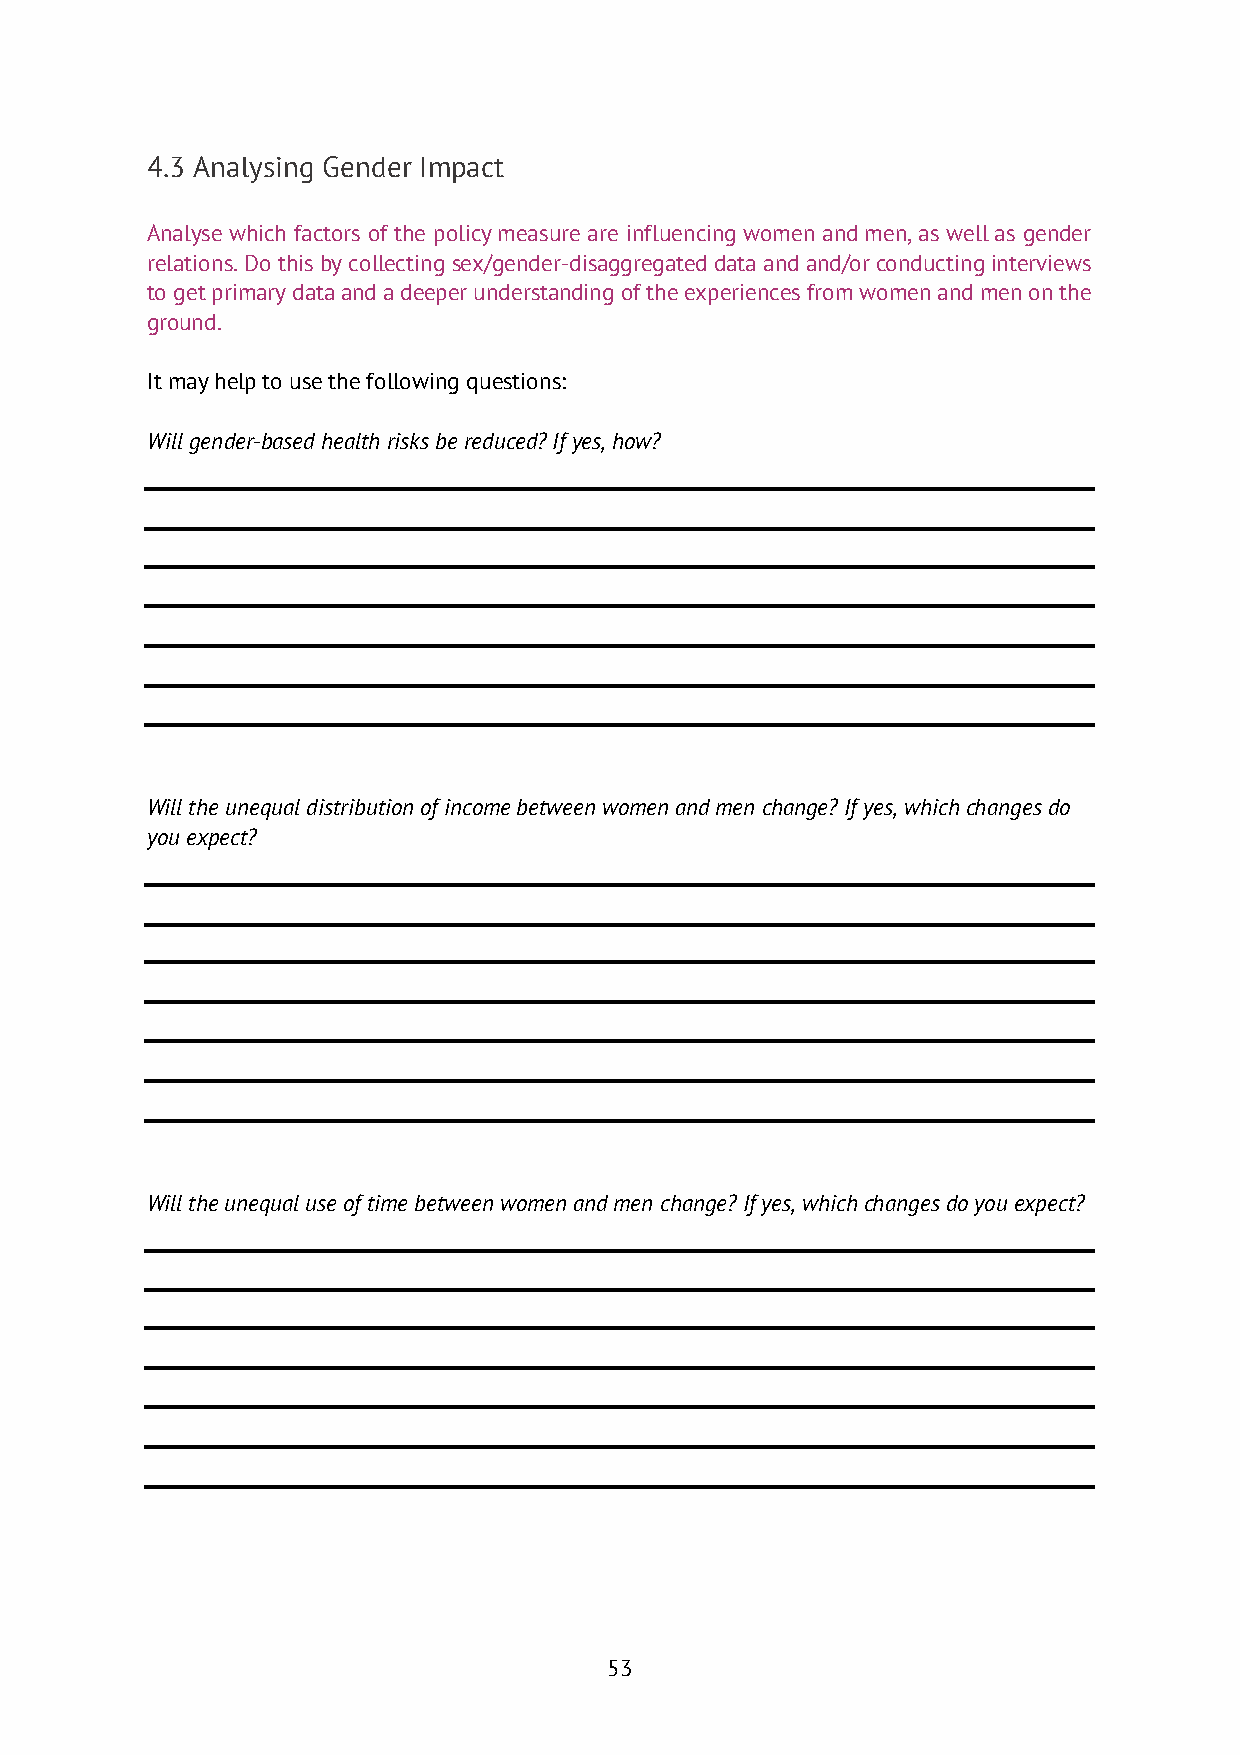
4.3 Analysing Gender Impact
 Analyse which factors of the policy measure are influencing women and men, as well as gender
 relations. Do this by collecting sex/gender-disaggregated data and and/or conducting interviews
 to get primary data and a deeper understanding of the experiences from women and men on the
 ground.
 It may help to use the following questions:
 Will gender-based health risks be reduced? If yes, how?
 Will the unequal distribution of income between women and men change? If yes, which changes do
 you expect?
 Will the unequal use of time between women and men change? If yes, which changes do you expect?
 53